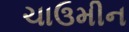
ચાઉમીન